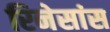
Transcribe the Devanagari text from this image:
रिनेसांस